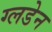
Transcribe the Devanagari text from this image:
ग्लडेन